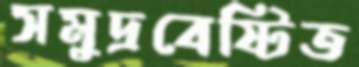
সমুদ্রবেষ্টিত